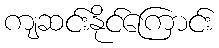
ကျဆင်းနိုင်ကြောင်း